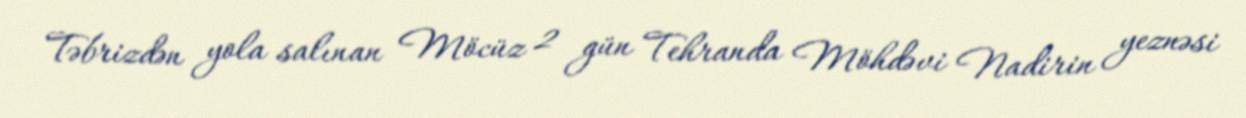
Təbrizdən yola salınan Möcüz 2 gün Tehranda Möhdəvi Nadirin yeznəsi